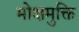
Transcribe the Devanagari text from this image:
मोक्षमुक्ति